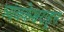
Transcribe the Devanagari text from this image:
त्र्यंबकेश्वराहून